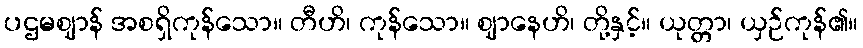
ပဌမဈာန် အစရှိကုန်သော။ တီဟိ၊ ကုန်သော။ ဈာနေဟိ၊ တို့နှင့်။ ယုတ္တာ၊ ယှဉ်ကုန်၏။